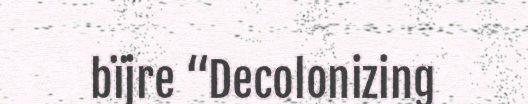
bïjre “Decolonizing